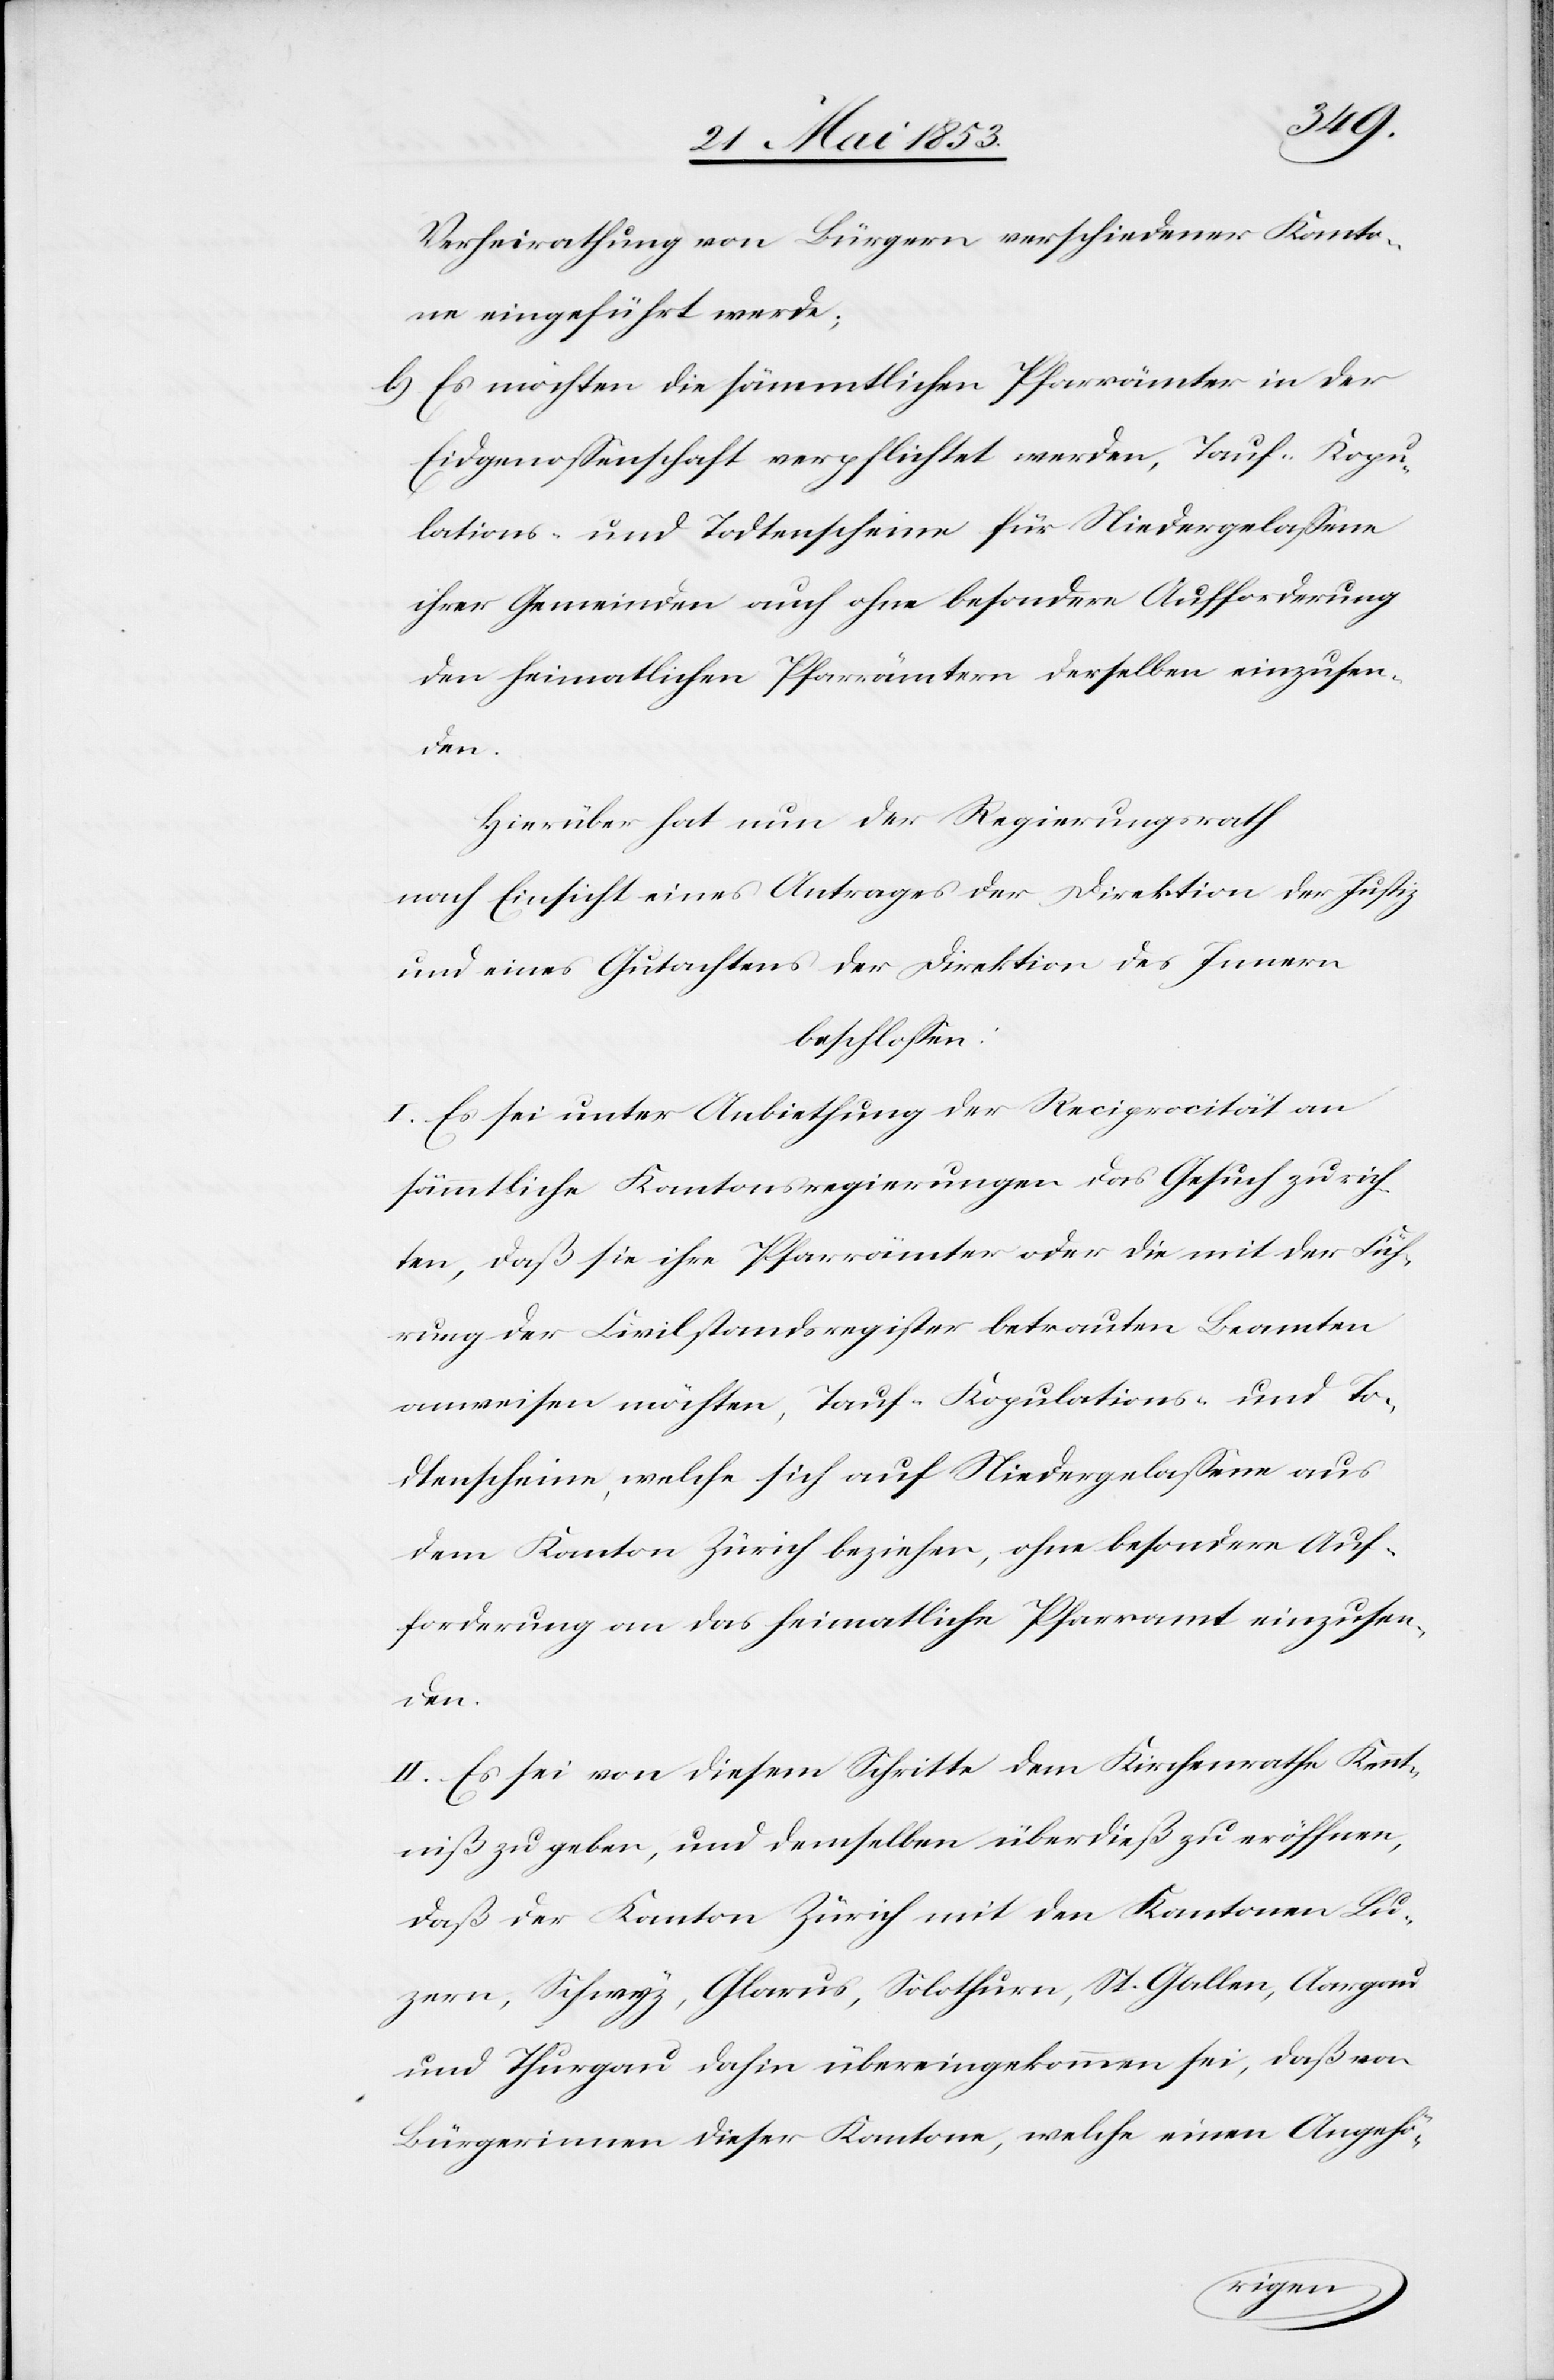
Verheirathung von Bürgern verschiedener Kanto¬
ne eingeführt werde;
b) Es möchten die sämmtlichen Pfarrämter in der
Eidgenossenschaft verpflichtet werden, Tauf- Kopu¬
lations- und Todtenscheine für Niedergelaßene
ihrer Gemeinden auch ohne besondere Aufforderung
den heimatlichen Pfarrämtern derselben einzusen¬
Hierüber hat nun der Regierungsrath
nach Einsicht eines Antrages der Direktion der Justiz
und eines Gutachtens der Direktion der Innern,
beschloßen:
I. Es sei unter Anbiethung der Reciprocität an
sämmtliche Kantonsregierungen das Gesuch zu rich¬
ten, daß ihre Pfarrämter oder die mit der Füh¬
rung der Civilstandsregister betrauten Beamten
anweisen möchten, Tauf- Kopulations- und To¬
dtenscheine, welche sich auf Niedergelaßene aus
dem Kanton Zürich beziehen, ohne besondere Auf¬
forderung an das heimatliche Pfarramt einzusen¬
den.
II. Es sei von diesem Schritte dem Kirchenrathe Kennt¬
niß zu geben, und demselben überdieß zu eröffnen,
daß der Kanton Zürich mit den Kantonen Lu¬
zern, Schwyz, Glarus, Solothurn, St. Gallen, Aargau
und Thurgau dahin übereingekommen sei, daß von
Bürgerinnen dieser Kantone, welche einen Angehö-